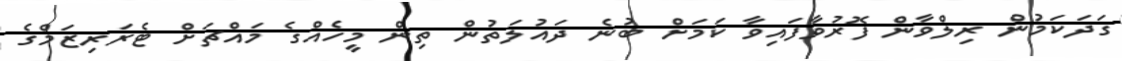
ގަދަކަމުން ރިލްވާން ފޮރުވާފައިވާ ކަމަށް ބުނެ ދައުލަތުން ތިން މީހެއްގެ މައްޗަށް ޓެރަރިޒަމްގެ